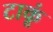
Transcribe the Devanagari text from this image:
टाकूं